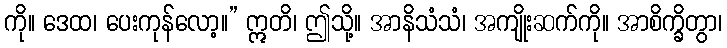
ကို။ ဒေထ၊ ပေးကုန်လော့။” ဣတိ၊ ဤသို့။ အာနိသံသံ၊ အကျိုးဆက်ကို။ အာစိက္ခိတွာ၊